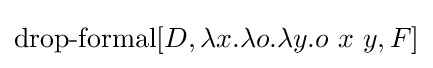
\operatorname {drop-formal} [D,\lambda x.\lambda o.\lambda y.o\ x\ y,F]